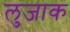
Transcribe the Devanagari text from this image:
लुजाक